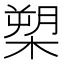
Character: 槊